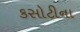
કસોટીના